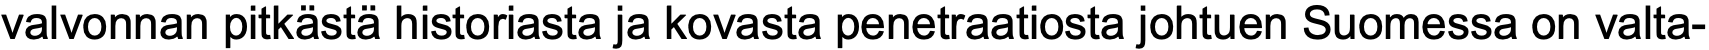
valvonnan pitkästä historiasta ja kovasta penetraatiosta johtuen Suomessa on valta-